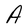
Character: A